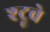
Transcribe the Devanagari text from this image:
श्ट्रूवे